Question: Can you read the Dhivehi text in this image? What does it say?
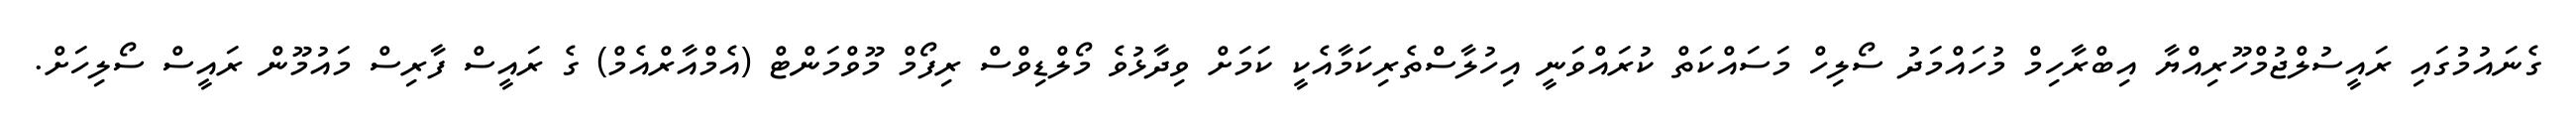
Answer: ގެނައުމުގައި ރައީސުލްޖުމްހޫރިއްޔާ އިބްރާހިމް މުހައްމަދު ސޯލިހް މަސައްކަތް ކުރައްވަނީ އިހުލާސްތެރިކަމާއެކީ ކަމަށް ވިދާޅުވެ މޯލްޑިވްސް ރިފޯމް މޫވްމަންޓް (އެމްއާރްއެމް) ގެ ރައީސް ފާރިސް މައުމޫން ރައީސް ސޯލިހަށް.